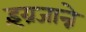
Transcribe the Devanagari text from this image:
इंग्रजान्ने